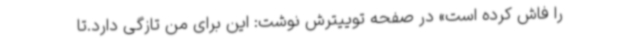
را فاش کرده است» در صفحه توییترش نوشت: این برای من تازگی دارد.تا